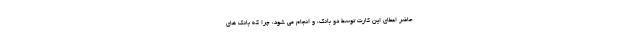
حاضر اعطای این کارت توسط دو بانک، و انجام می شود، چرا که بانک های